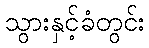
သွားနှင့်ခံတွင်း